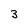
Character: 3